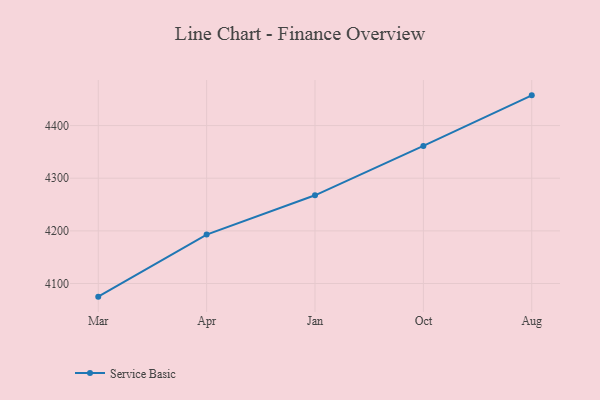
{"axis": {"x": "Month", "y": "Population (Million)"}, "legend": ["Service Basic"], "data": [{"x": "Mar", "y": 4075.1, "type": "Service Basic"}, {"x": "Apr", "y": 4193.0, "type": "Service Basic"}, {"x": "Jan", "y": 4267.6, "type": "Service Basic"}, {"x": "Oct", "y": 4361.3, "type": "Service Basic"}, {"x": "Aug", "y": 4457.4, "type": "Service Basic"}]}